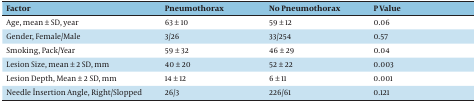
<table><thead><tr><td><b>Factor</b></td><td><b>Pneumothorax</b></td><td><b>No Pneumothorax</b></td><td><b>P Value</b></td></tr></thead><tbody><tr><td>Age, mean ± SD, year</td><td>63 ± 10</td><td>59 ± 12</td><td>0.06</td></tr><tr><td>Gender, Female/Male</td><td>3/26</td><td>33/254</td><td>0.57</td></tr><tr><td>Smoking, Pack/Year</td><td>59 ± 32</td><td>46 ± 29</td><td>0.04</td></tr><tr><td>Lesion Size, mean ± 2 SD, mm</td><td>40 ± 20</td><td>52 ± 22</td><td>0.003</td></tr><tr><td>Lesion Depth, Mean ± 2 SD, mm</td><td>14 ± 12</td><td>6 ± 11</td><td>0.001</td></tr><tr><td>Needle İnsertion Angle, Right/Slopped</td><td>26/3</td><td>226/61</td><td>0.121</td></tr></tbody></table>